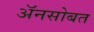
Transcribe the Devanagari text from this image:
अॅनसोबत